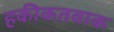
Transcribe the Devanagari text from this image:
हकीकतवाक